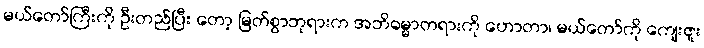
မယ်တော်ကြီးကို ဦးတည်ပြီး တော့ မြတ်စွာဘုရားက အဘိဓမ္မာတရားကို ဟောတာ၊ မယ်တော်ကို ကျေးဇူး